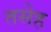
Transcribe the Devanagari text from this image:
तसेह